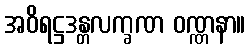
အဝိရဋ္ဌဒန္တလက္ခဏ ဝဏ္ဏနာ။